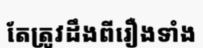
តែត្រូវដឹងពីរឿងទាំង